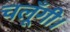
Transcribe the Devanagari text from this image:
चलूँगी।